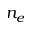
n _ { e }